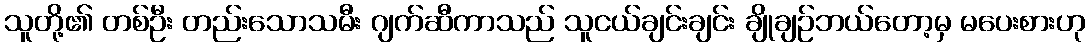
သူတို့၏ တစ်ဦး တည်းသောသမီး ဂျက်ဆီကာသည် သူငယ်ချင်းချင်း ချိုချဉ်ဘယ်တော့မှ မပေးစားဟု